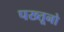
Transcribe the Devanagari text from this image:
पख्तूनो